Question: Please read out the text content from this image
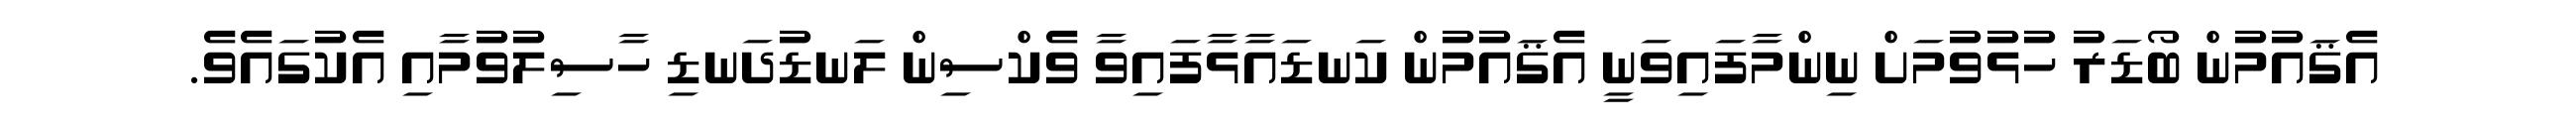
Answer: އެޤައުމުން ބޯޑަރު ހުޅުވުމަށް ނިންމާފައިވަނީ އެޤައުމުން ކަނޑައާޅާފައިވާ ވެކްސިން ލަނޑުދަނޑި ހާސިލުވުމާއި އެކުގައެވެ.